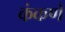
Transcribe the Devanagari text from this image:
कंकणे